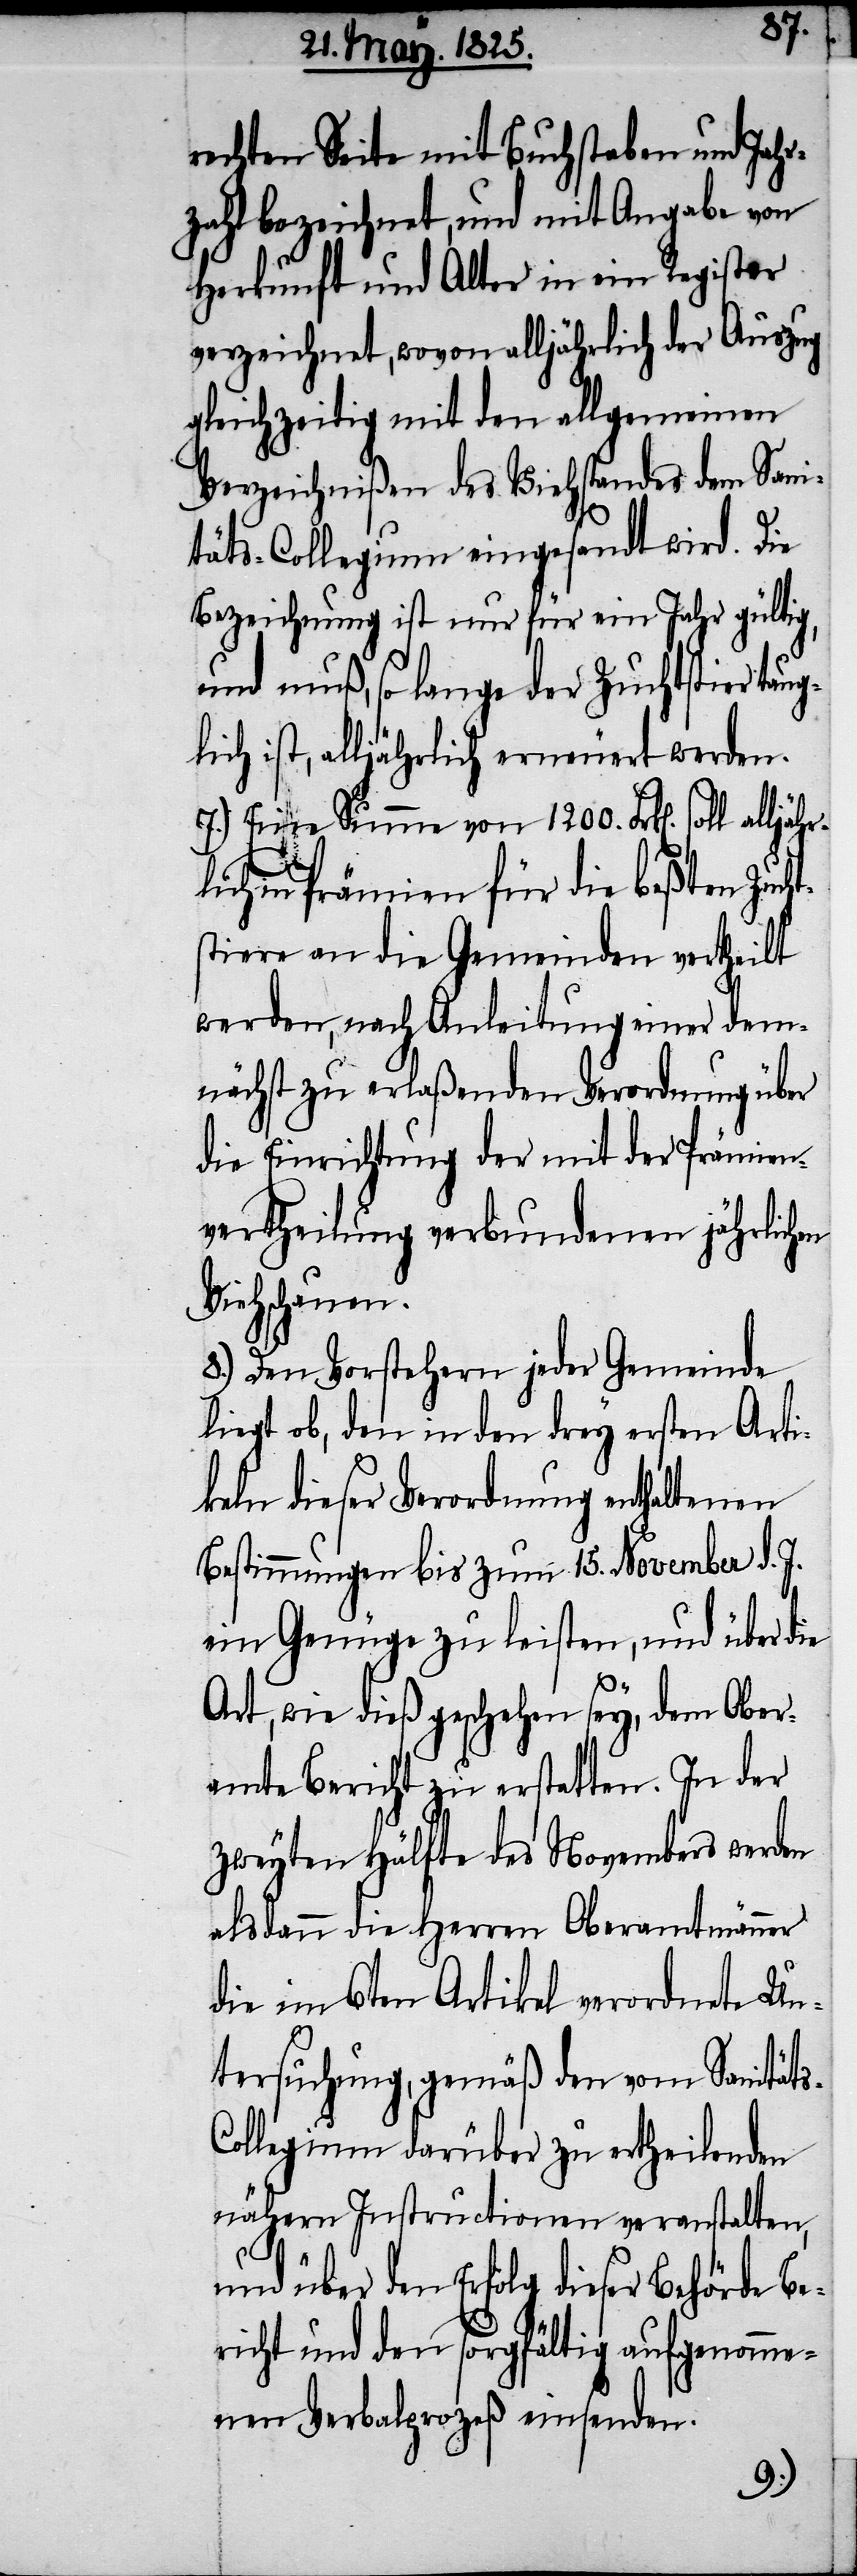
rechten Seite mit Buchstaben und Jahr¬
zahl bezeichnet, und mit Angabe von
Herkunft und Alter in ein Register
verzeichnet, wovon alljährlich der Auszug
gleichzeitig mit den allgemeinen
Verzeichnißen des Viehstandes dem Sani¬
täts-Collegium eingesandt wird. Die
Bezeichnung ist nur für ein Jahr gültig,
und muß, so lange der Zuchtstier tau¬
lich ist, alljährlich erneuert werden.
7.) Eine Summe von 1200. Frk[en]. soll
in Prämien für die beßten Zuch¬
tstiere an die Gemeinden ertheilt
werden, nach Anleitung einer dem¬
nächst zu erlaßenden Verordnung über
die Einrichtung der mit der Prämien¬
vertheilung verbundenen jährlichen
Viehschauen.
8.) Den Vorstehern jeder Gemeinde
liegt ob, den in den drey ersten Arti¬
keln dieser Verordnung enthaltenen
Bestimmungen bis zum 15. November d. J.
ein Genüge zu leisten, und über die
Art, wie dieß geschehen sey, dem Ober¬
amte Bericht zu erstatten. In der
zweyten Hälfte des Novembers werden
alsdann die Herren Oberamtmänner
die im 6ten Artikel verordnete Un¬
tersuchung, gemäß den vom Sanität¬
ollegium darüber zu ertheilenden
nähern Instructionen veranstalten,
s-C¬
und über den Erfolg dieser Behörde Be¬
richt und den sorgfältig aufgenomme¬
nen Verbalprozeß einsenden.